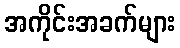
အကိုင်းအခက်များ